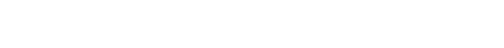
၃၁၇+ ၃၁၈+ ယုံကြည်ခြင်းရှိသောသူအား။ န ဟောတိ၊ မဖြစ်။ တသ္မာ၊ ထို့ကြောင့်။